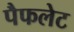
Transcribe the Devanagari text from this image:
पैफलेट